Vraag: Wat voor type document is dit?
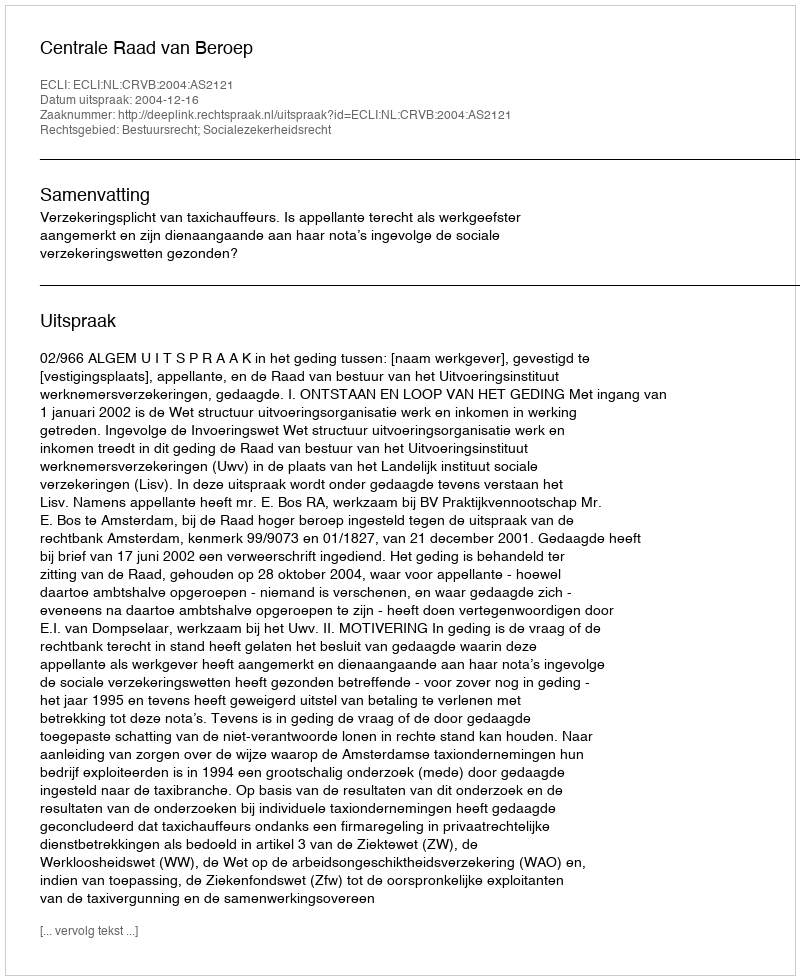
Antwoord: Uitspraak